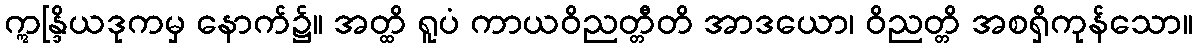
ဣန္ဒြိယဒုကမှ နောက်၌။ အတ္ထိ ရူပံ ကာယဝိညတ္တီတိ အာဒယော၊ ဝိညတ္တိ အစရှိကုန်သော။